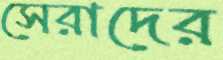
সেরাদের